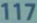
117